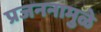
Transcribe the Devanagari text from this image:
प्रजननामुळे